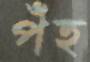
পঁহ